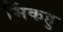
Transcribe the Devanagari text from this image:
मिंकहु